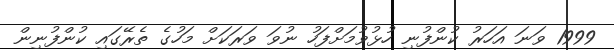
1999 ވަނަ އަހަރު ކުންފުނި ހުޅުވުމަށްފަހު ނުވަ ވަރަކަށް މަހުގެ ތެރޭގައި ކުންފުނިން